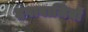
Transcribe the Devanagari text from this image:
दगाबाजियों